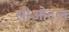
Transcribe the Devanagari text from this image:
सीओटल